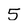
Character: 5